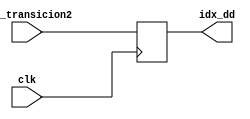
module identificador2(	
                input clk,
                input [3:0] idx_transicion2,
                output reg [3:0] idx_dd
);
always @(posedge clk)begin
        idx_dd <= idx_transicion2;
    end
endmodule